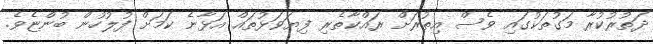
ދަތުރުކުރާ މަގުތަކުގައި ވެސް އިތުރަށް ރައްކާތެރި ފިޔަވަޅުތައް އަޅާނެ ކަމަށް ފުލުހުން ބުންޏެވެ.